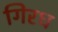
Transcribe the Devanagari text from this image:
गिरध